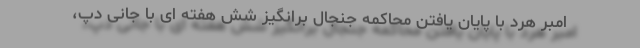
امبر هرد با پایان یافتن محاکمه جنجال برانگیز شش هفته ای با جانی دپ،